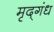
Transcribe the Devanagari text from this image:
मृद्‌गंध